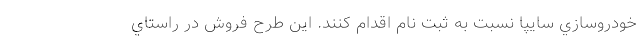
خودروسازي سايپا نسبت به ثبت نام اقدام كنند. این طرح فروش در راستاي